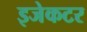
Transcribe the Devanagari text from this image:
इजेकटर